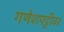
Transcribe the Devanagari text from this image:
गणेशपट्टीवर